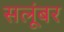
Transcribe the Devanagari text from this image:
सलूंबर